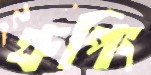
গ্রুপিং